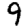
Digit: 9